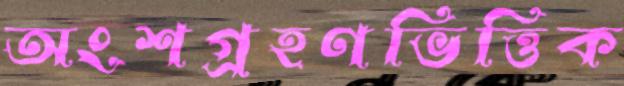
অংশগ্রহণভিত্তিক